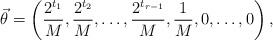
\begin{align*}\vec{\theta}=\left(\frac{2^{t_{1}}}{M}, \frac{2^{t_{2}}}{M},\ldots, \frac{2^{t_{r-1}}}{M}, \frac{1}{M}, 0,\ldots, 0\right),\end{align*}